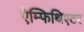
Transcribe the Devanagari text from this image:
ऐम्फिथिएटर